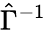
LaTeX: \hat{\Gamma}^{-1}